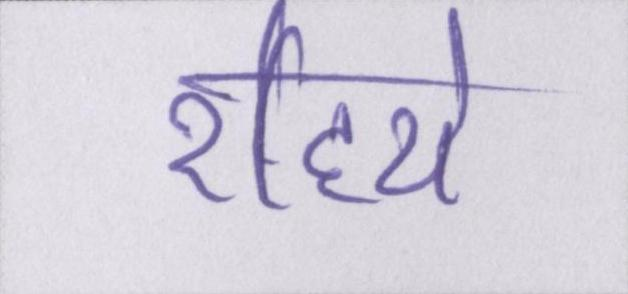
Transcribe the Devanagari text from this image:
रहिये